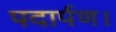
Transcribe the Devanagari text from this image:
पदार्पण।